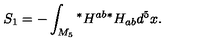
S _ { 1 } = - \int _ { M _ { 5 } } { } ^ { * } H ^ { a b } { } ^ { * } H _ { a b } d ^ { 5 } x .